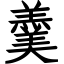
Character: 羹